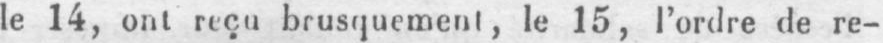
le 14, ont reçu brusquement, le 15, l’ordre de re-